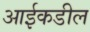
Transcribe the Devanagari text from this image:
आईकडील